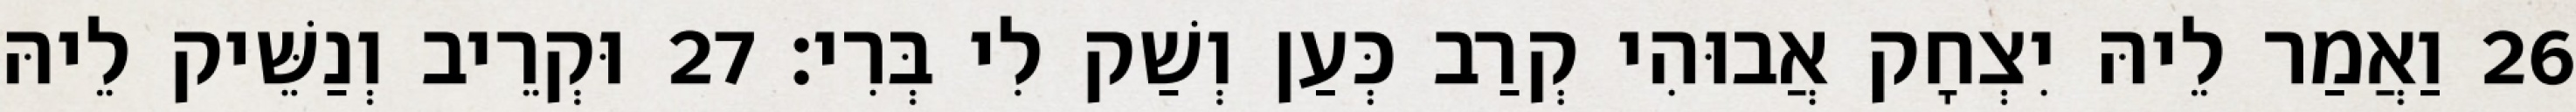
26 וַאֲמַר לֵיהּ יִצְחָק אֲבוּהִי קְרַב כְּעַן וְשַׁק לִי בְּרִי׃ 27 וּקְרֵיב וְנַשֵּׁיק לֵיהּ